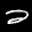
Label: 2